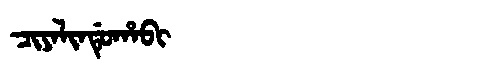
Manchu: ᠴᡳᠶᠠᠯᡳᠨᡩᡠᡥᠠᠪᡳ
Romanization: CIYALINDUHABI